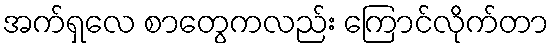
အက်ရှလေ စာတွေကလည်း ကြောင်လိုက်တာ